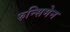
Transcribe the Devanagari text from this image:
रुन्सिमेन